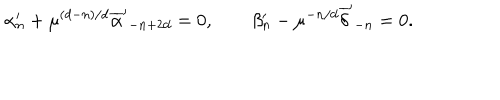
\alpha _ { n } ^ { \prime } + \mu ^ { ( d - n ) / d } { \overline { { \alpha } } ^ { \prime } } _ { - n + 2 d } = 0 , \qquad \beta _ { n } ^ { \prime } - \mu ^ { - n / d } { \overline { { \delta } } ^ { \prime } } _ { - n } = 0 .